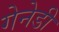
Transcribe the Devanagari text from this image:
गेनेडी